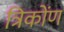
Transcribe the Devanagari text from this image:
त्रिकोंण